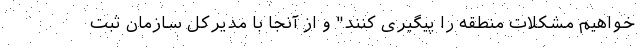
‌خواهیم مشکلات منطقه را پیگیری کنند" و از آنجا با مدیرکل سازمان ثبت